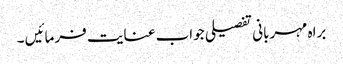
براہ مہربانی تفصیلی جواب عنایت فرمائیں ۔